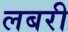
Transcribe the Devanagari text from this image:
लबरी